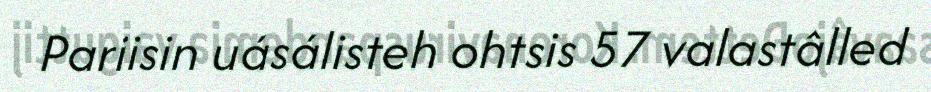
Pariisin uásálisteh ohtsis 57 valastâlled